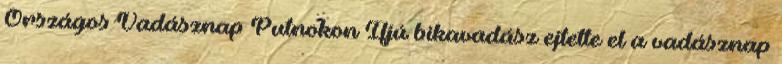
Országos Vadásznap Putnokon Ifjú bikavadász ejtette el a vadásznap